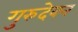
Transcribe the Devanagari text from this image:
गुरुदेवन